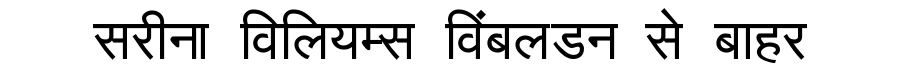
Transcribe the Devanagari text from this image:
सरीना विलियम्स विंबलडन से बाहर